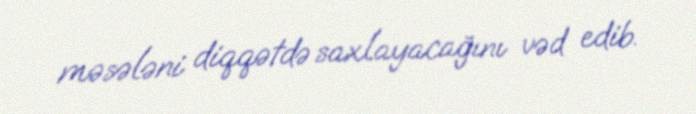
məsələni diqqətdə saxlayacağını vəd edib.